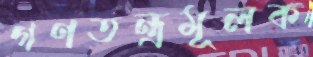
গণতন্ত্রমূলক